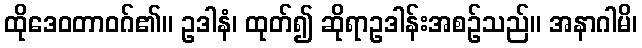
ထိုဒေဝတာဝဂ်၏။ ဥဒါနံ၊ ထုတ်၍ ဆိုရာဥဒါန်းအစဉ်သည်။ အနာဂါမိ၊